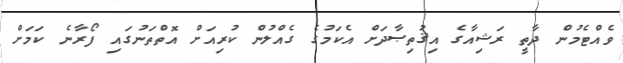
ވެއްޓެމުން ދާތީ ރަޝިއާގެ އިޤުތިޞާދަށް އެކަމުގެ ގެއްލުން ކުރިއަށް އޮތްތަނުގައި ފޯރާނެ ކަމަށް